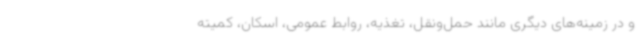
و در زمینه‌های دیگری مانند حمل‌ونقل، تغذیه، روابط عمومی، اسکان، کمیته